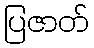
ပြဇာတ်